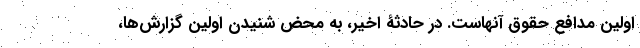
اولین مدافع حقوق آنهاست. ‌در حادثۀ اخیر، به محض شنیدن اولین گزارش‌ها،